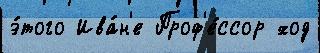
э́того Ива́н'е Проф'е́ссор ход